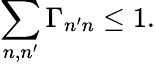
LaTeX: \sum_{n,n^{\prime}}\Gamma_{n^{\prime}n}\leq 1.